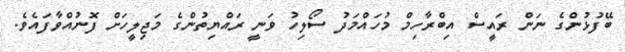
ބޭފުޅުންގެ ނަން ރައީސް އިބްރާހިމް މުހައްމަދު ސޯލިހު ވަނީ ރައްޔިތުންގެ މަޖިލީހަށް ފޮނުއްވާފައެވެ.